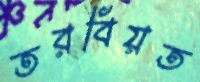
তরবিয়ত